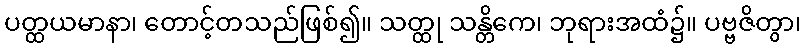
ပတ္ထယမာနာ၊ တောင့်တသည်ဖြစ်၍။ သတ္ထု သန္တိကေ၊ ဘုရားအထံ၌။ ပဗ္ဗဇိတွာ၊